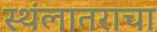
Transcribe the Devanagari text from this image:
स्थंलातराचा